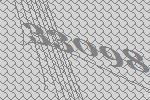
33098